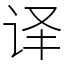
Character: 译